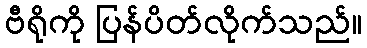
ဗီရိုကို ပြန်ပိတ်လိုက်သည်။